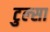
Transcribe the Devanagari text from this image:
टुल्‍सा